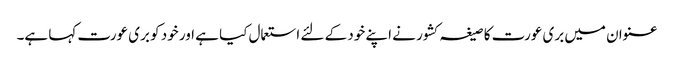
عنوان میں بری عورت کا صیغہ کشور نے اپنے خود کے لئے استعمال کیا ہے اور خود کو بری عورت کہا ہے۔